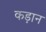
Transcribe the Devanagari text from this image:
कड़ान